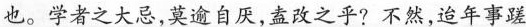
也。学者之大忌，莫逾自厌，阖改之乎？不然，迨年事蹉